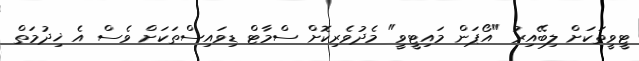
ޓީވީތަކަށް ލިބޭއިރު "އޯޕަން މައިޓީވީ" މެދުވެރިކޮށް ސްމާޓް ޑިވައިސްތަކަށް ވެސް އެ ޚިދުމަތް